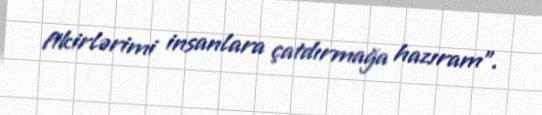
fikirlərimi insanlara çatdırmağa hazıram”.